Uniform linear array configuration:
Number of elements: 24
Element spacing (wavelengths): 0.5
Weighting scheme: cosine
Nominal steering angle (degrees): -30
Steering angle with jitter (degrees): -29.549
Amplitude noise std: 0.05
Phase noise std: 0.05

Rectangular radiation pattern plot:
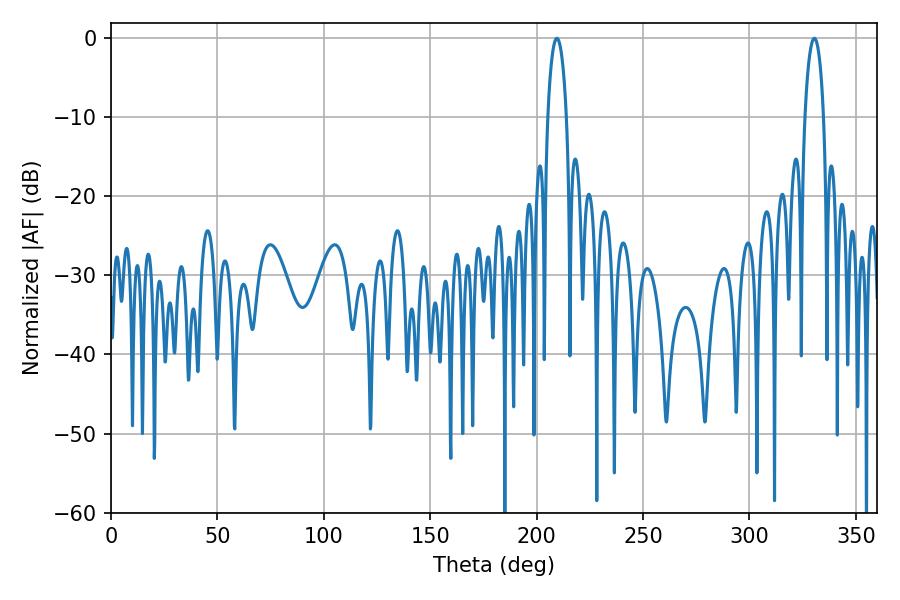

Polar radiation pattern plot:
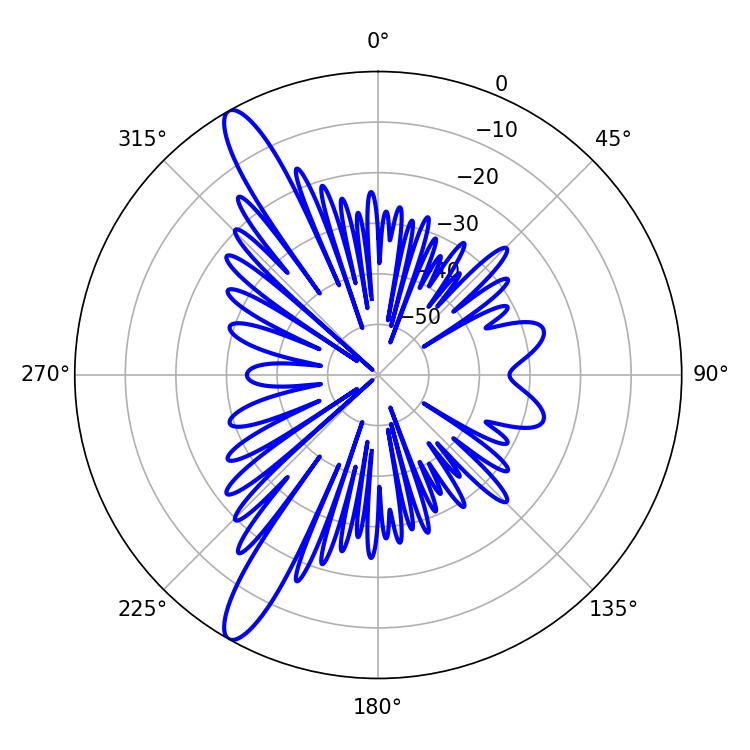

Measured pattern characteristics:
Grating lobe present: FALSE
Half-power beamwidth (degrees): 5.04
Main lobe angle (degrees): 209.52